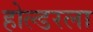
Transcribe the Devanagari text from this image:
होल्डरला